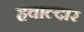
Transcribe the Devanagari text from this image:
हवाल्दार